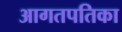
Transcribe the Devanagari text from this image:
आगतपतिका